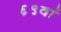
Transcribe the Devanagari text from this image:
६९वां